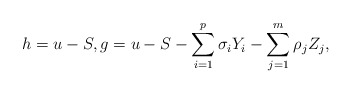
\begin{align*} h=u-S,g=u-S-\sum_{i=1}^p \sigma_i Y_i-\sum_{j=1}^m \rho_j Z_j,\end{align*}